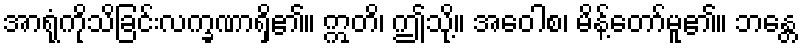
အာရုံကိုသိခြင်းလက္ခဏာရှိ၏။ ဣတိ၊ ဤသို့။ အဝေါစ၊ မိန့်တော်မူ၏။ ဘန္တေ